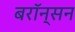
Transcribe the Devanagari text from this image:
बरॉन्सन